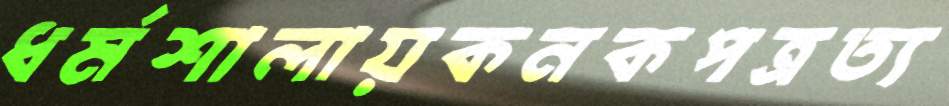
ধর্মশালায়কনকপত্রত্য